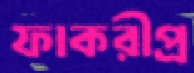
ফাকরীপ্র